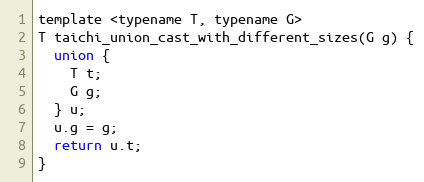
Language: C
template <typename T, typename G>
T taichi_union_cast_with_different_sizes(G g) {
  union {
    T t;
    G g;
  } u;
  u.g = g;
  return u.t;
}